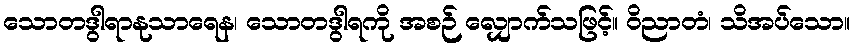
သောတဒွါရာနုသာရေန၊ သောတဒွါရကို အစဉ် လျှောက်သဖြင့်။ ဝိညာတံ၊ သိအပ်သော။